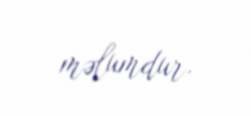
məlumdur.